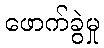
ဖောက်ခွဲမှု